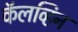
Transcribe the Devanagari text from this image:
कॅलव्हिन